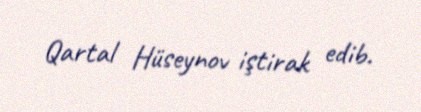
Qartal Hüseynov iştirak edib.